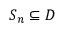
S _ { n } \subseteq D